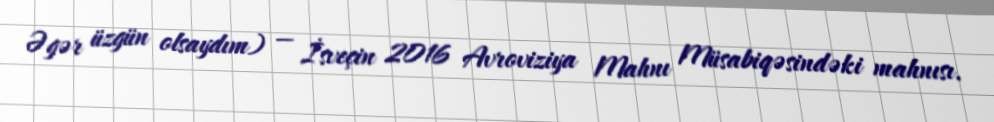
Əgər üzgün olsaydım) — İsveçin 2016 Avroviziya Mahnı Müsabiqəsindəki mahnısı.